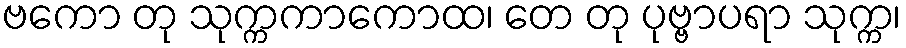
ဗကော တု သုက္ကကာကောထ၊ တေ တု ပုဗ္ဗာပရာ သုက္က၊